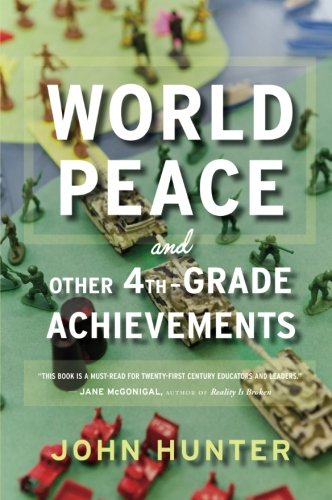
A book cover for World Peace and Other 4th-Grade Achievements; John Hunter; Biographies & Memoirs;